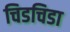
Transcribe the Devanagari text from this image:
चिडचिडा